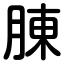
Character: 腖